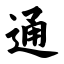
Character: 通